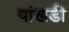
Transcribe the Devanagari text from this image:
पांखडी